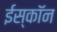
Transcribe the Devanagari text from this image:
ईस्काॅन